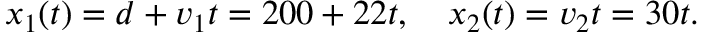
x _ { 1 } ( t ) = d + v _ { 1 } t = 2 0 0 + 2 2 t , \quad x _ { 2 } ( t ) = v _ { 2 } t = 3 0 t .